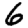
Digit: 6